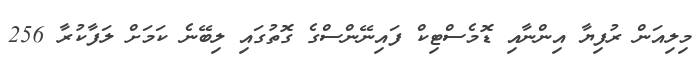
މިލިއަން ރުފިޔާ އިންނާއި ޑޮމެސްޓިކް ފައިނޭންސްގެ ގޮތުގައި ލިބޭނެ ކަމަށް ލަފާކުރާ 256